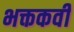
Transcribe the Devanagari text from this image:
भक्तकवी